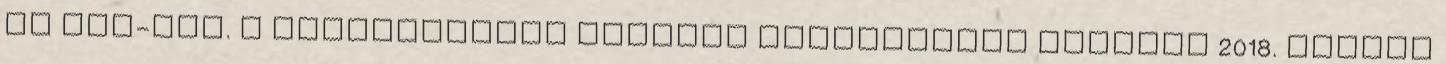
az MTI-vel. A tájékoztatás szerint Vidnyánszky Attilát 2018. július